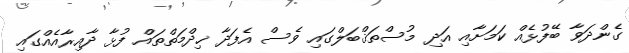
ގެންދަވާ ބޭފުޅެއް ކަމަށާއި އަދި މުސްތަޤްބަލްގައި ވެސް އެފަދާ ޚިދްމަތްތައް ފުޅާ ދާއިރާއެއްގައި